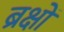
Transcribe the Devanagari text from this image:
ब्रक्षों